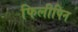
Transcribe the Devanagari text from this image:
फिलीपिन